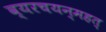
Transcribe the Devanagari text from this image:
व्यरचयन्महत्